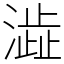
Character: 澁